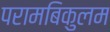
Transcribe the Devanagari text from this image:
परामबिकुलम